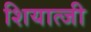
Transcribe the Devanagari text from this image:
शियात्जी